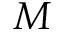
M